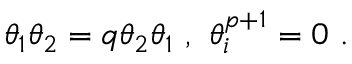
\theta _ { 1 } \theta _ { 2 } = q \theta _ { 2 } \theta _ { 1 } \ , \ \theta _ { i } ^ { p + 1 } = 0 \ .